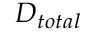
D _ { t o t a l }